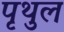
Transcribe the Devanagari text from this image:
पृथुल